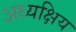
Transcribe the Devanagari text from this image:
अध्यक्षिय